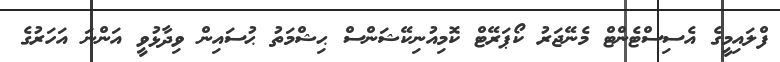
ފްލައިމީގެ އެސިސްޓެންޓް މެނޭޖަރު ކޯޕަރޭޓް ކޮމިއުނިކޭޝަންސް ޙިޝްމަތު ޙުސައިން ވިދާޅުވީ އަންނަ އަހަރުގެ